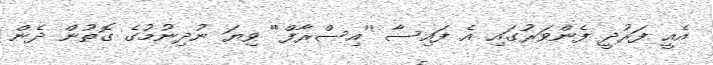
އެއީ ފަރުދީ ފެންވަރުގައި އެ ފައިސާ ''އިސްރާފް'' ވިޔަ ނުދިނުމުގެ ގޮތުން ދެން